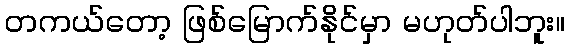
တကယ်တော့ ဖြစ်မြောက်နိုင်မှာ မဟုတ်ပါဘူး။